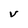
Character: v